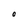
Character: O